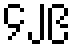
၄၂၉